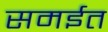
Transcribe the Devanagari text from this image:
समईत